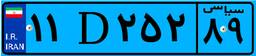
۱۱D۲۵۲۸۹